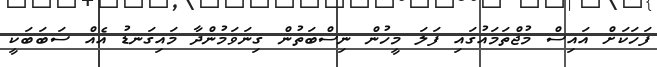
ފަހަކަށް އައިސް މުޖްތަމައުގައި ފަލަ މީހުން ނިސްބަތުން ގިނަވަމުންދާ މައިގަނޑު އެއް ސަބަބަކީ